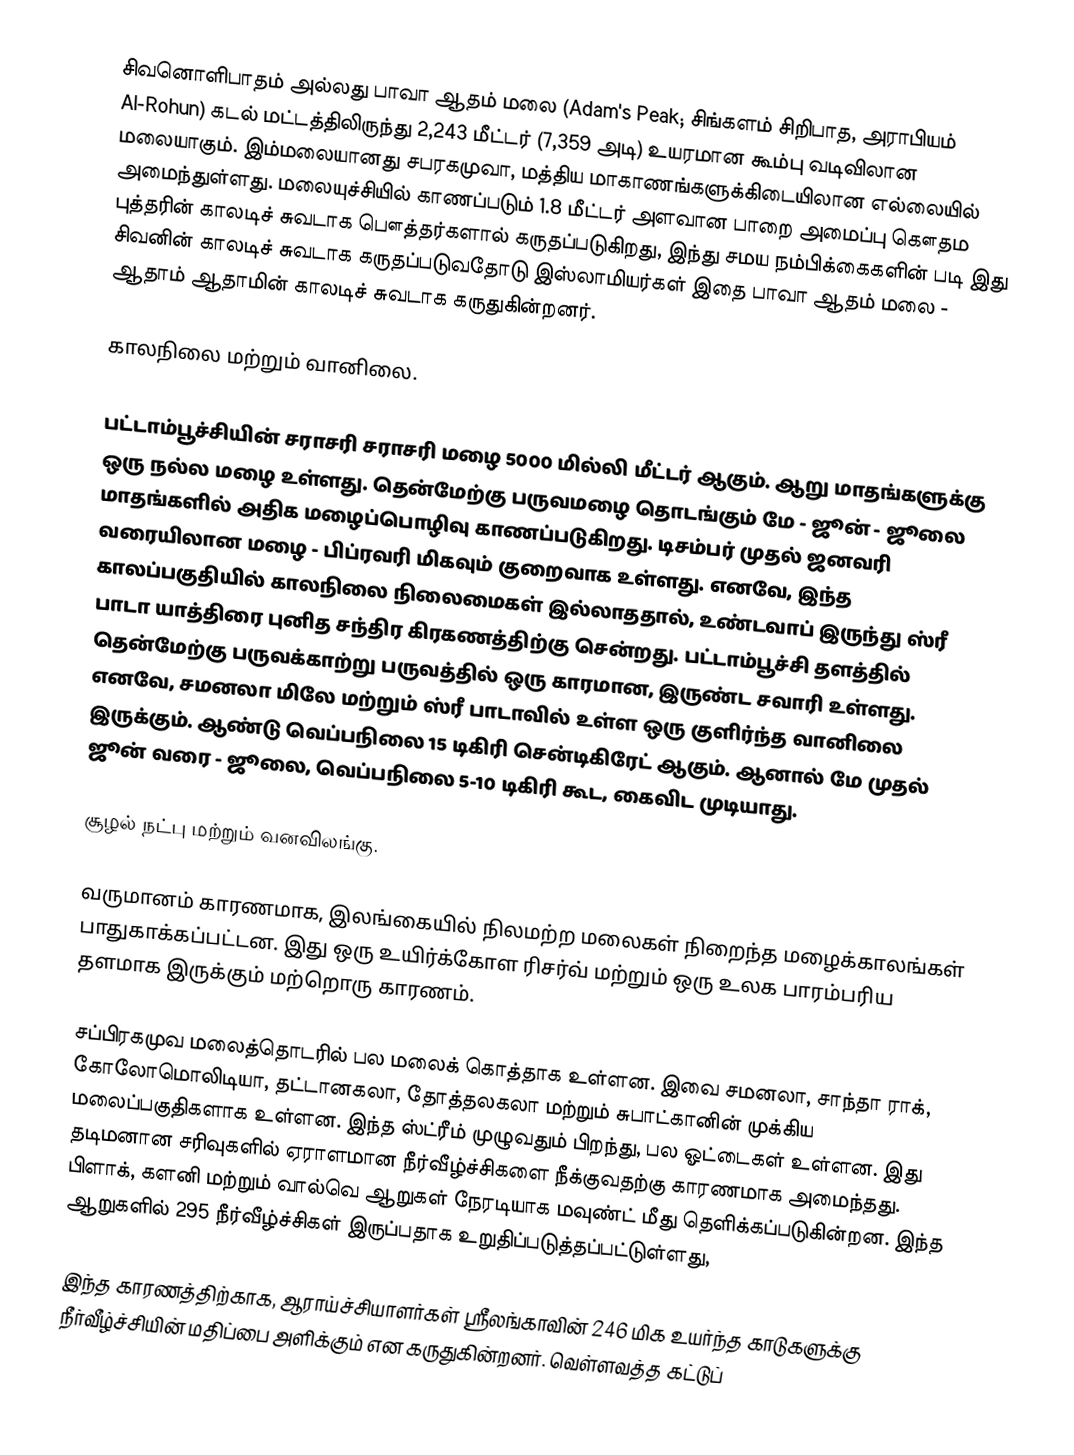
சிவனொளிபாதம் அல்லது பாவா ஆதம் மலை (Adam's Peak; சிங்களம் சிறிபாத, அராபியம் Al-Rohun) கடல் மட்டத்திலிருந்து 2,243 மீட்டர் (7,359 அடி)  உயரமான கூம்பு வடிவிலான மலையாகும். இம்மலையானது சபரகமுவா, மத்திய மாகாணங்களுக்கிடையிலான எல்லையில் அமைந்துள்ளது. மலையுச்சியில் காணப்படும் 1.8 மீட்டர் அளவான பாறை அமைப்பு கௌதம புத்தரின் காலடிச் சுவடாக பௌத்தர்களால் கருதப்படுகிறது, இந்து சமய நம்பிக்கைகளின் படி இது சிவனின் காலடிச் சுவடாக கருதப்படுவதோடு இஸ்லாமியர்கள் இதை பாவா ஆதம் மலை - ஆதாம் ஆதாமின் காலடிச் சுவடாக கருதுகின்றனர்.

 காலநிலை மற்றும் வானிலை.

பட்டாம்பூச்சியின் சராசரி சராசரி மழை 5000 மில்லி மீட்டர் ஆகும். ஆறு மாதங்களுக்கு ஒரு நல்ல மழை உள்ளது. தென்மேற்கு பருவமழை தொடங்கும் மே - ஜூன் - ஜூலை மாதங்களில் அதிக மழைப்பொழிவு காணப்படுகிறது. டிசம்பர் முதல் ஜனவரி வரையிலான மழை - பிப்ரவரி மிகவும் குறைவாக உள்ளது. எனவே, இந்த காலப்பகுதியில் காலநிலை நிலைமைகள் இல்லாததால், உண்டவாப் இருந்து ஸ்ரீ பாடா யாத்திரை புனித சந்திர கிரகணத்திற்கு சென்றது. பட்டாம்பூச்சி தளத்தில் தென்மேற்கு பருவக்காற்று பருவத்தில் ஒரு காரமான, இருண்ட சவாரி உள்ளது. எனவே, சமனலா மிலே மற்றும் ஸ்ரீ பாடாவில் உள்ள ஒரு குளிர்ந்த வானிலை இருக்கும். ஆண்டு வெப்பநிலை 15 டிகிரி சென்டிகிரேட் ஆகும். ஆனால் மே முதல் ஜூன் வரை - ஜூலை, வெப்பநிலை 5-10 டிகிரி கூட, கைவிட முடியாது.

 சூழல் நட்பு மற்றும் வனவிலங்கு.

வருமானம் காரணமாக, இலங்கையில் நிலமற்ற மலைகள் நிறைந்த மழைக்காலங்கள் பாதுகாக்கப்பட்டன. இது ஒரு உயிர்க்கோள ரிசர்வ் மற்றும் ஒரு உலக பாரம்பரிய தளமாக இருக்கும் மற்றொரு காரணம்.

சப்பிரகமுவ மலைத்தொடரில் பல மலைக் கொத்தாக உள்ளன. இவை சமனலா, சாந்தா ராக், கோலோமொலிடியா, தட்டானகலா, தோத்தலகலா மற்றும் சுபாட்கானின் முக்கிய மலைப்பகுதிகளாக உள்ளன. இந்த ஸ்ட்ரீம் முழுவதும் பிறந்து, பல ஓட்டைகள் உள்ளன. இது தடிமனான சரிவுகளில் ஏராளமான நீர்வீழ்ச்சிகளை நீக்குவதற்கு காரணமாக அமைந்தது. பிளாக், களனி மற்றும் வால்வெ ஆறுகள் நேரடியாக மவுண்ட் மீது தெளிக்கப்படுகின்றன. இந்த ஆறுகளில் 295 நீர்வீழ்ச்சிகள் இருப்பதாக உறுதிப்படுத்தப்பட்டுள்ளது,

இந்த காரணத்திற்காக, ஆராய்ச்சியாளர்கள் ஸ்ரீலங்காவின் 246 மிக உயர்ந்த காடுகளுக்கு நீர்வீழ்ச்சியின் மதிப்பை அளிக்கும் என கருதுகின்றனர். வெள்ளவத்த கட்டுப்